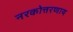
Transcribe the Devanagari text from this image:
नरकोत्तरणाय